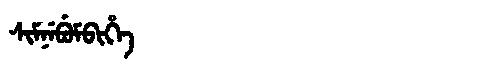
Manchu: ᠰᡳᠮᠨᡝᠪᡠᠮᠪᡳᡥᡝ
Romanization: SIMNEBUMBIHE